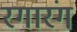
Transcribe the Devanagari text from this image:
रगारंग